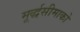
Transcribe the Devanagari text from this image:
मूर्द्धसीमाको